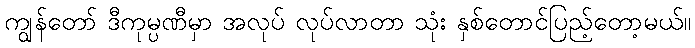
ကျွန်တော် ဒီကုမ္ပဏီမှာ အလုပ် လုပ်လာတာ သုံး နှစ်တောင်ပြည့်တော့မယ်။